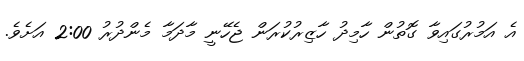
އެ އަމުރުގައިވާ ގޮތުން ހާމިދު ހާޒިރުކުރަން ޖެހޭނީ މާދަމާ މެންދުރު 2:00 އަށެވެ.